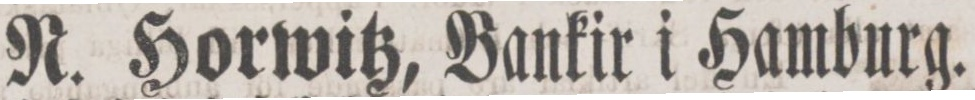
R. Horwitz, Bankir i Hamburg.